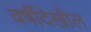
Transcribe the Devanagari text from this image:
वर्षीदेखील